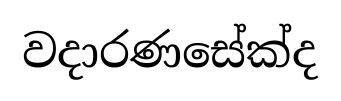
වදාරණසේක්ද